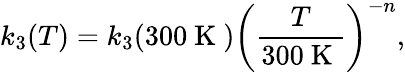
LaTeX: k_{3}(T)=k_{3}(300\mathrm{~K~})\left(\frac{T}{300\mathrm{~K~}}\right)^{-n},